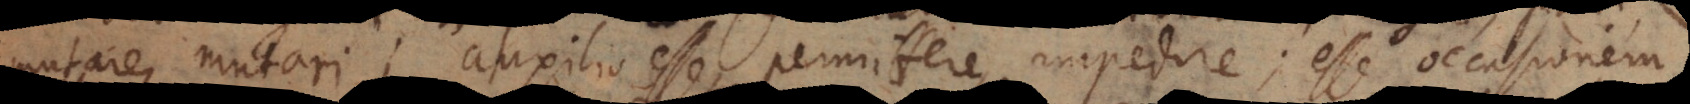
mutare, mutari; auxilio esse, permittere, impedire; esse occasionem,